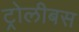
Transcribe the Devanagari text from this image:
ट्रोलीबस